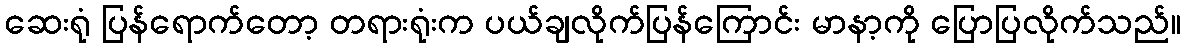
ဆေးရုံ ပြန်ရောက်တော့ တရားရုံးက ပယ်ချလိုက်ပြန်ကြောင်း မာနာ့ကို ပြောပြလိုက်သည်။